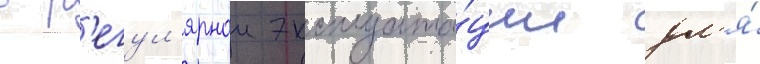
в р'егул'ярнои эксплуата́ции дл'я́